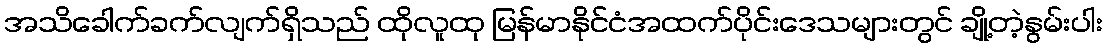
အသိခေါက်ခက်လျက်ရှိသည် ထိုလူထု မြန်မာနိုင်ငံအထက်ပိုင်းဒေသများတွင် ချို့တဲ့နွမ်းပါး